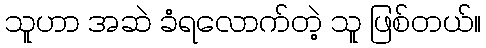
သူဟာ အဆဲ ခံရလောက်တဲ့ သူ ဖြစ်တယ်။